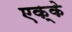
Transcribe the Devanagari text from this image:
एक्के